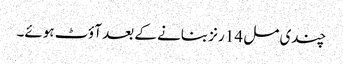
چندی مل 14 رنز بنانے کے بعد آؤٹ ہوئے۔